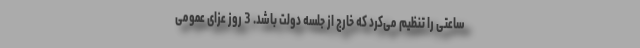
ساعتی را تنظیم می‌کرد که خارج از جلسه دولت باشد. 3 روز عزای عمومی